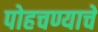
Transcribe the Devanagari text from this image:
पोहचण्याचे